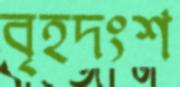
বৃহদংশ